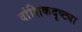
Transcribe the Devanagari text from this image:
वांशिकदृष्ट्या